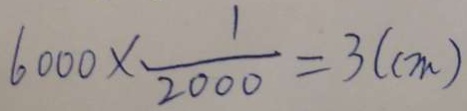
6 0 0 0 \times \frac { 1 } { 2 0 0 0 } = 3 ( c m )